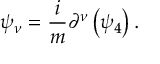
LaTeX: \psi _ { \nu } = \frac { i } { m } \partial ^ { \nu } \left( \psi _ { 4 } \right) .